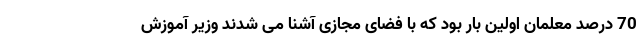
70 درصد معلمان اولین بار بود که با فضای مجازی آشنا می شدند وزیر آموزش